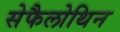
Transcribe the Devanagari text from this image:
सेफैलोथिन